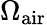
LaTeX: \Omega_{\mathrm{air}}